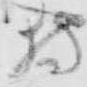
狩